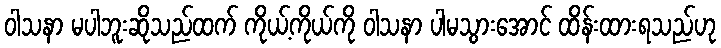
ဝါသနာ မပါဘူးဆိုသည်ထက် ကိုယ့်ကိုယ်ကို ဝါသနာ ပါမသွားအောင် ထိန်းထားရသည်ဟု